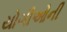
યોગીઓની